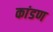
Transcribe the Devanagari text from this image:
कांडण